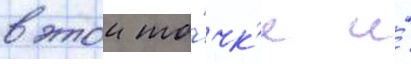
в этои то́чк'е и́